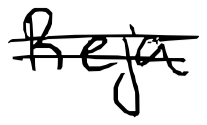
Text: Reja
Cross-out: double-line
Writing tool: digital_black